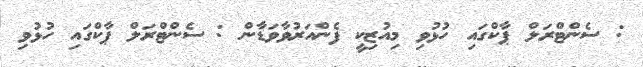
: ސެންޓްރަލް ޕާކްގައި ހުޅުވި މިއުޒިކީ ފެންއަރުވާވަޑާން : ސެންޓްރަލް ޕާކްގައި ހުޅުވި